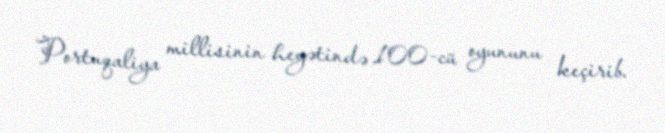
Portuqaliya millisinin heyətində 100-cü oyununu keçirib.